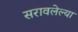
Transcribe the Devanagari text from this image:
सरावलेल्या